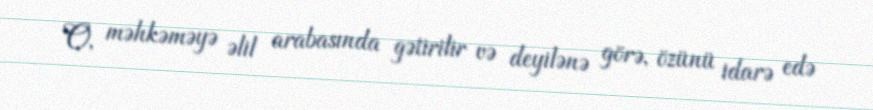
O, məhkəməyə əlil arabasında gətirilir və deyilənə görə, özünü idarə edə